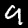
Digit: 9